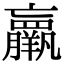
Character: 𮊵